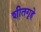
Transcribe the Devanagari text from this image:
शीतगृहे